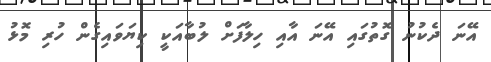
އޭނަ ދެކުނު ގޮތުގައި އޭނަ އާއި ހިލާފަށް ލުބާއަކީ ކިޔަވައިގެން ހުރި މޮޅު